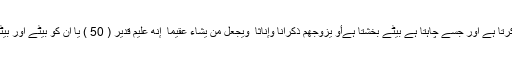
جسے چاہتا ہے بیٹیاں عطا کرتا ہے اور جسے چاہتا ہے بیٹے بخشتا ہےأَوْ يُزَوِّجُهُمْ ذُكْرَانًا وَإِنَاثًا ۖ وَيَجْعَلُ مَن يَشَاءُ عَقِيمًا ۚ إِنَّهُ عَلِيمٌ قَدِيرٌ ( 50 ) یا ان کو بیٹے اور بیٹیاں دونوں عنایت فرماتا ہے۔